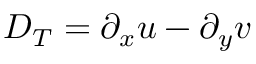
D _ { T } = \partial _ { x } u - \partial _ { y } v